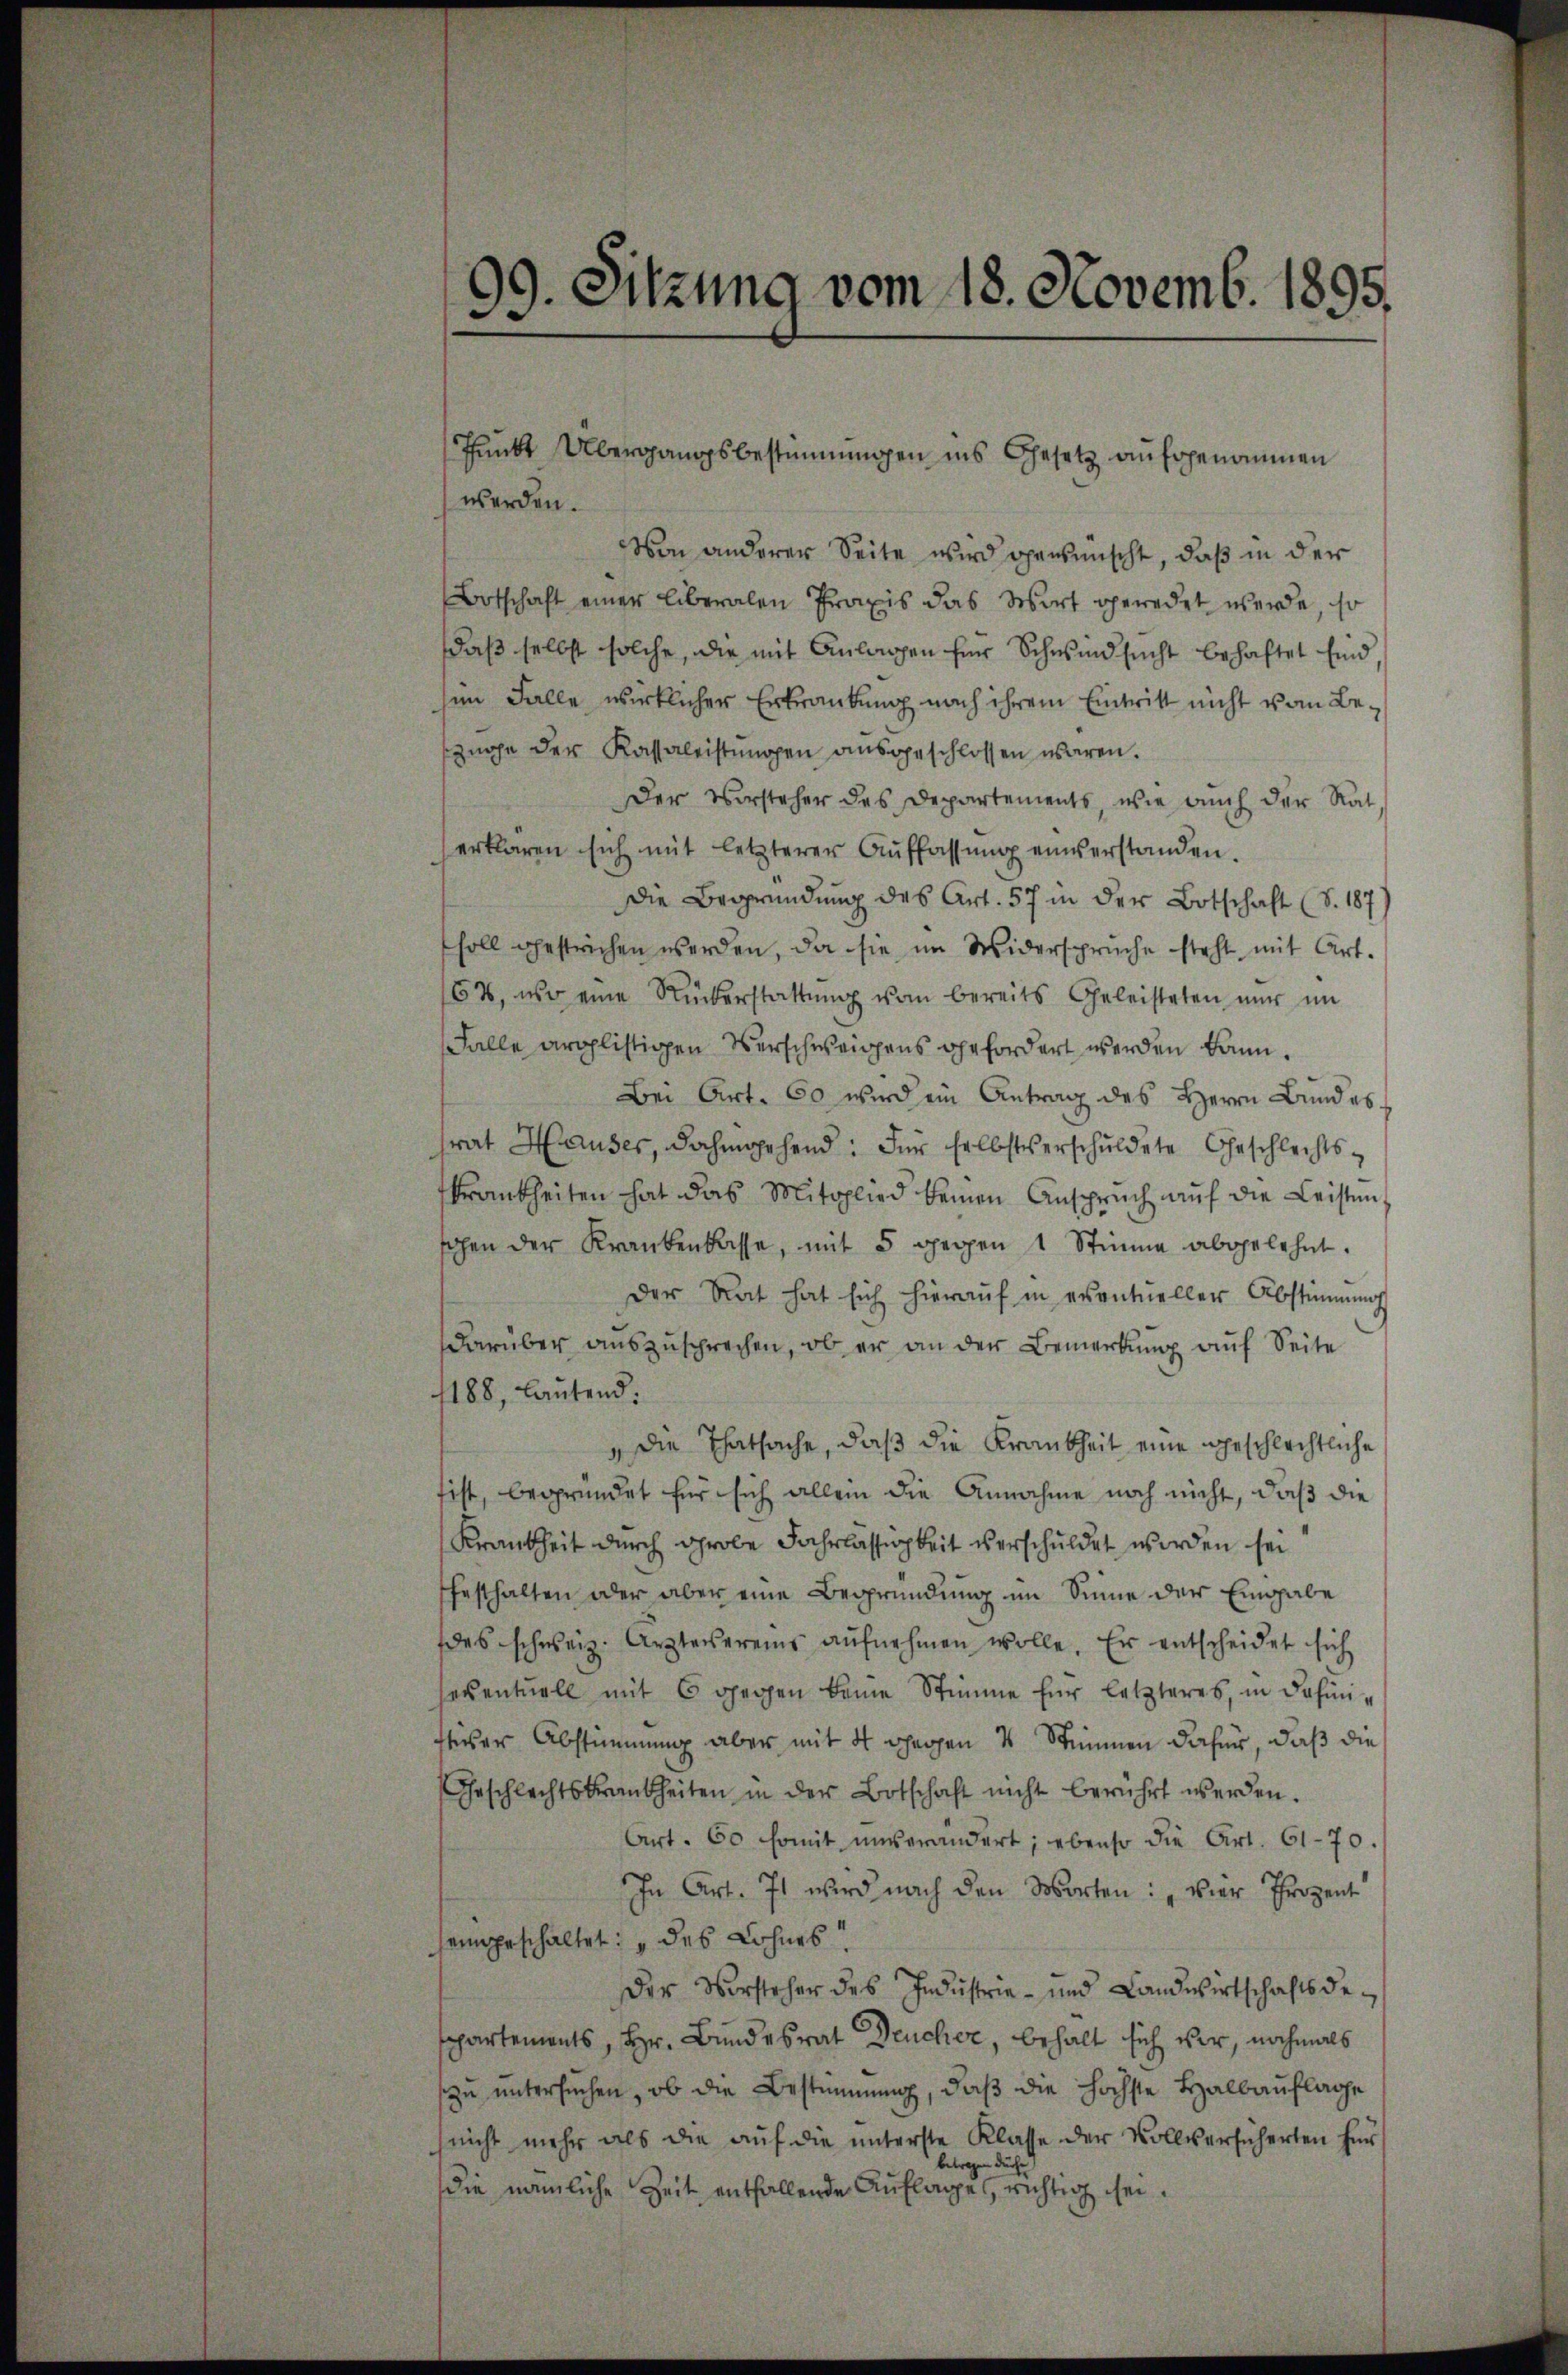
Punkt Übergangsbestimmungen ins Gesetz aufgenommen
werden.
son anderer Seite wird gewünscht, daß in der
Botschaft einer liberalen Praxis das Wort geredet werde, so
daß selbst solche, die mit Anlangen für Schwindsucht behaftet sind
sen Falle wirklicher Erkrankung nach ihrem Eintritt nicht vom Bezüge der Kassaleistungen ausgeschlossen waren.
Der Vorsteher des Departements, wie auch der Rat
erklären sich mit letzterer Auffassŭng einverstanden.
Die Begründung des Art. 57 in der Botschaft (S. 187)
soll gestrichen werden, da sie im Widersprüche steht, mit Art.
64, wo eine Rückerstattŭng vom bereits Geleisteten nŭr im
Falle arglistigen Verschweigens gefordert werden kann.
Bei Art. 60 wird ein Antrag des Herrn Bundesfrat Hauses, dahingehend: Für selbstverschuldete Geschlechtskrankheiten hat das Mitglied keinen Anspruch aŭf die Leisten
gen der Krankenkasse, mit 5 gegen 1 Stimme abgelehnt.
Der Rat hat sich hieraŭf in eventueller Abstimmung
darüber auszusprechen, ob er an der Bemerkung auf Seite
188, lautend:
 Die Thatsache, daß die Krankheit eine geschlechtliche
tist, begründet für sich allein die Annahme noch nicht, daß die
Krankheit durch grobe Fahrlässigkeit verschuldet worden sei
festhalten oder aber eine Begründung im Sinne der Eingabe
des schweiz. Arzterereins aufnehmen wolle. Er entscheidet sich
seventuell mit 6 gegen keine Stimme für letzteres, in defini-
fiser Abstimmung aber mit 4 gegen 4 Stimmen dafür, daß die
Geschlechtskrankheiten in der Botschaft nicht berührt werden.
Art. 60 somit unverändert; ebenso die Art. 61. 70.
In Art. 71 wird nach den Worten: „vier Prozent
seingeschaltet: „des Lohnes
Der Vorsteher des Industrie- und Landwirtschaftsdespartements, Hr. Bundesrat Deucher, behalt sich vor, nochmals
zu untersuchen, ob die Bestimmung, daß die höchste Halbauflage
(nicht mehr als die aŭf die ŭnterste Klasse der Vollversicherten für
betragen dürfe
die nämliche Zeit entfallende Auflages, richtig sei.

99. Sitzung vom 18. Novemb. 1895.